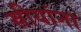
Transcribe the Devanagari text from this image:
स्रीयांना